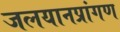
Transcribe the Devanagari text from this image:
जलयानप्रांगण